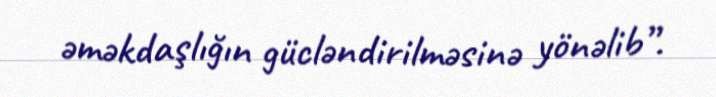
əməkdaşlığın gücləndirilməsinə yönəlib”.